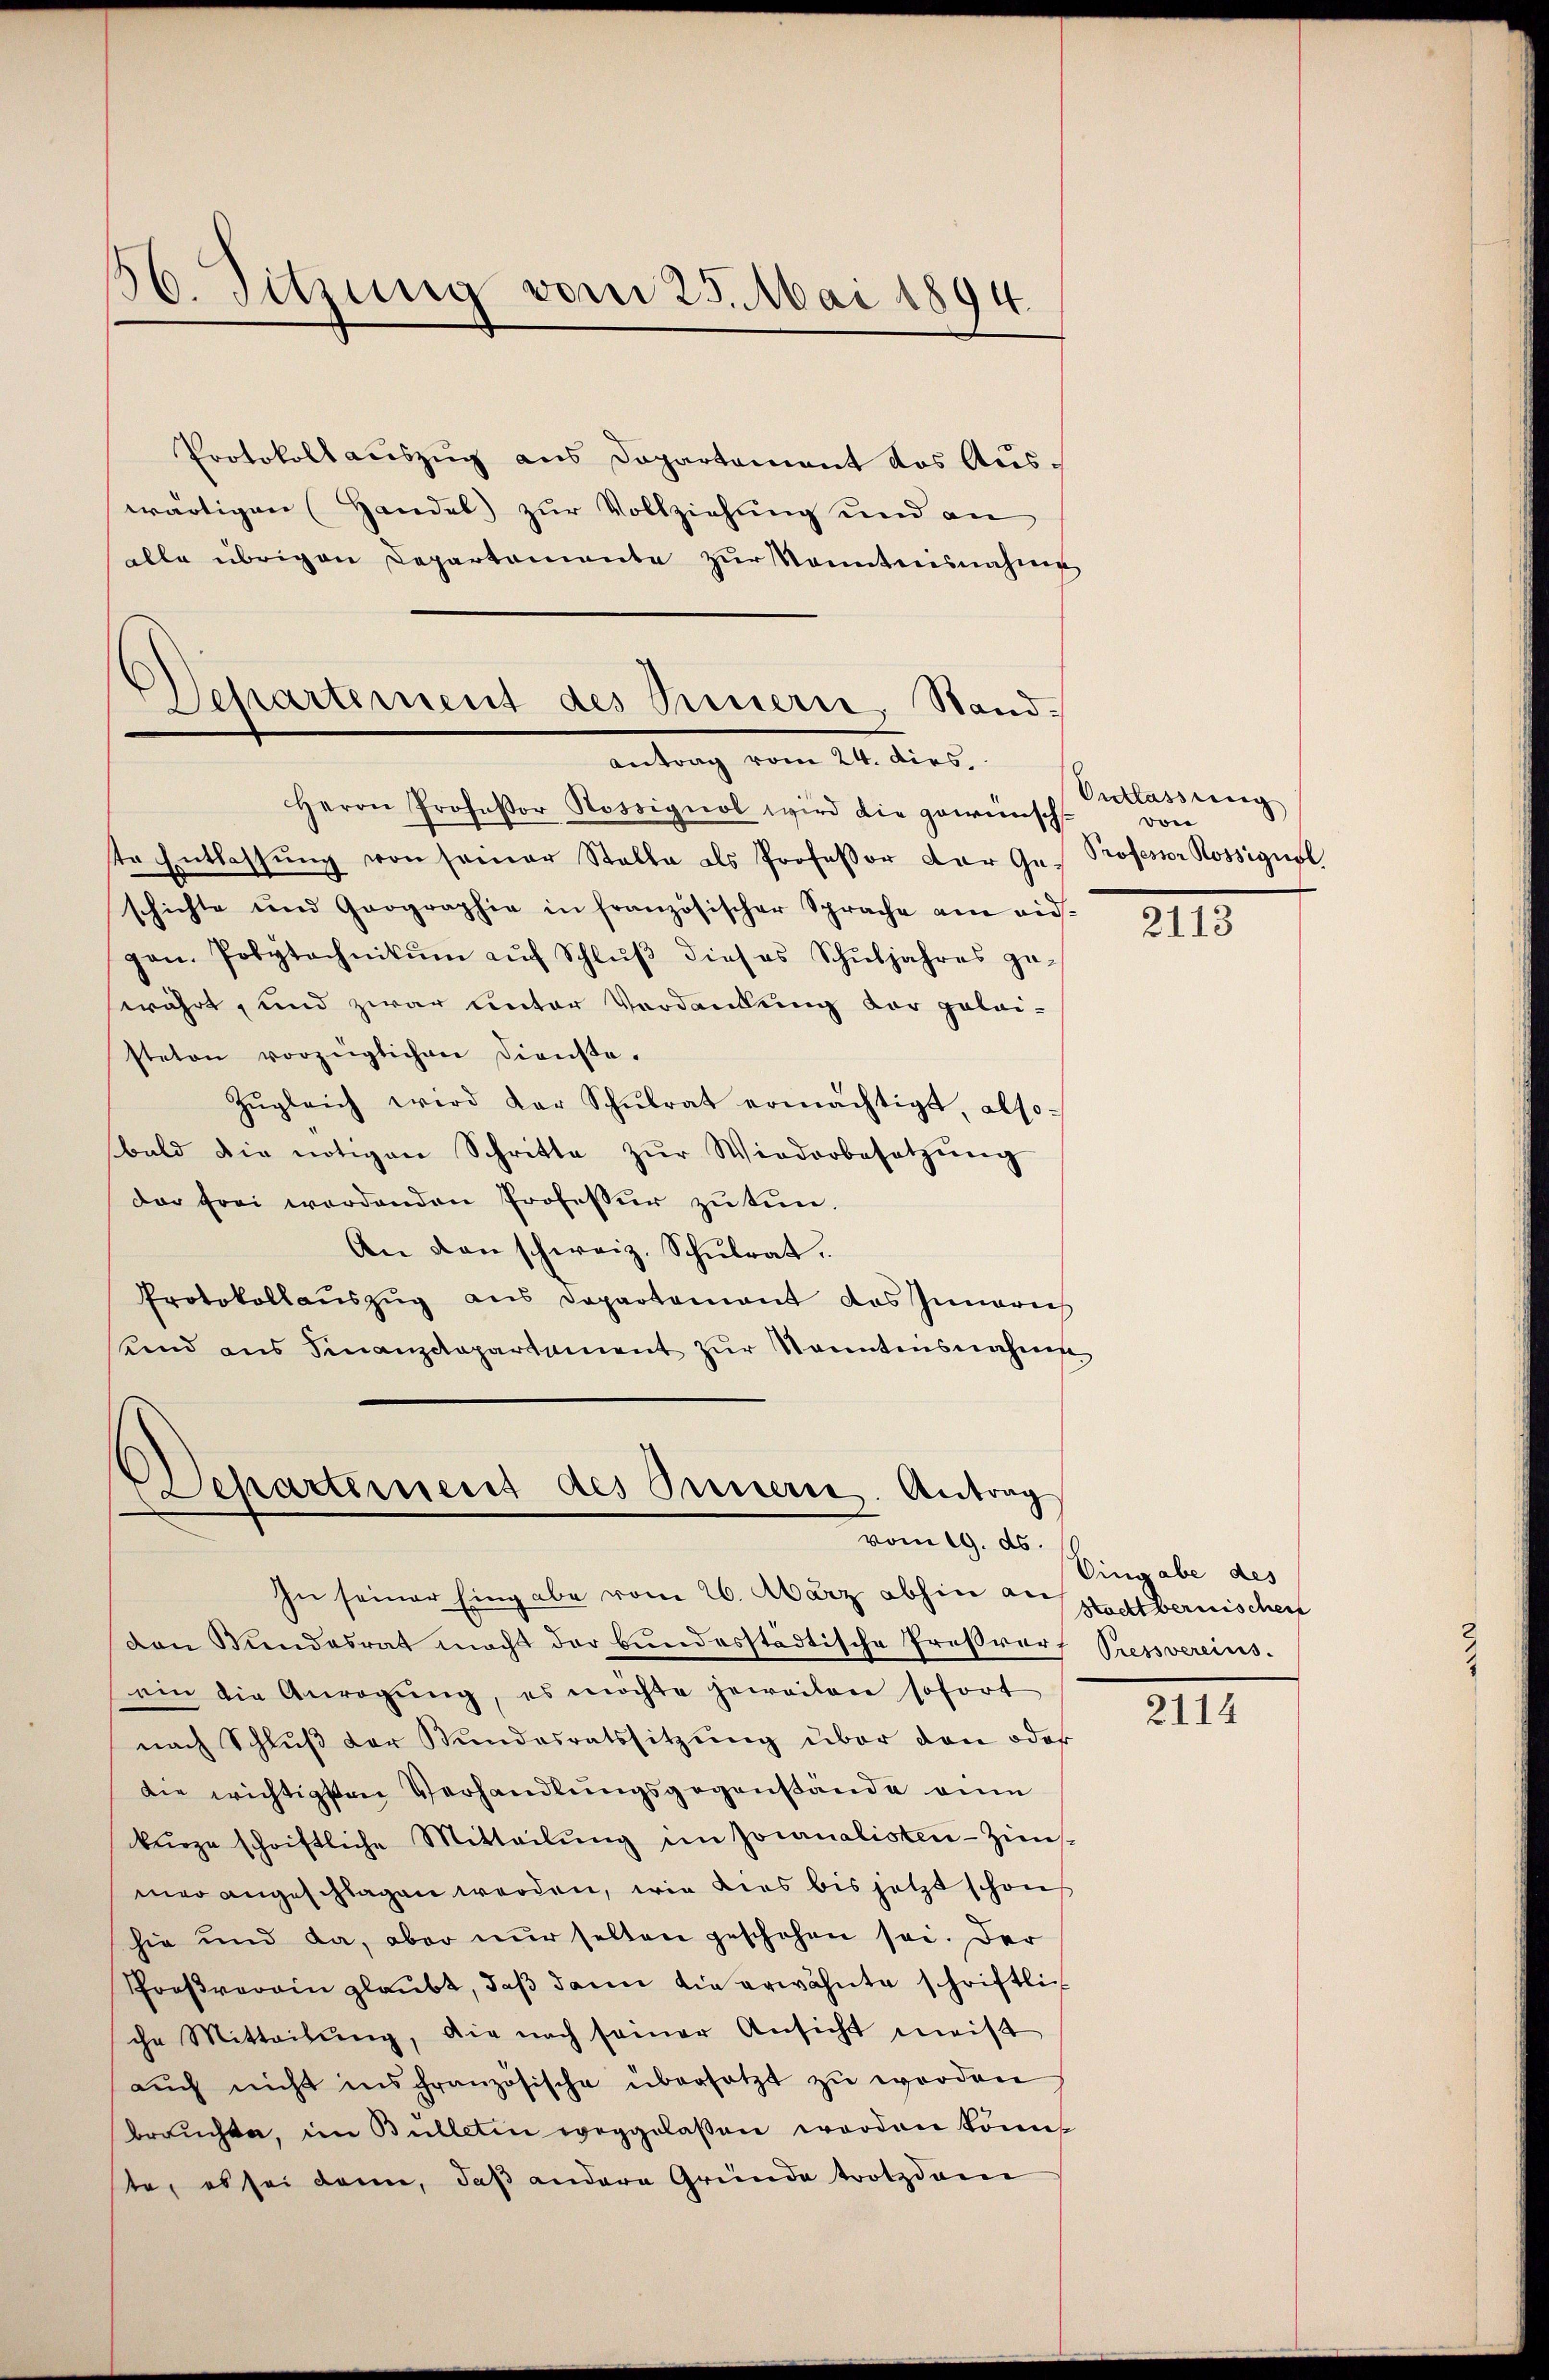
56. Sitzung vom 25. Mai 1894.

Protokollauszug aus Departement das Auswärtigen Handel zur Vollziehung und an
alle übrigen Departamente zŭr Kenntnisnahme
Herrn Professor Rossignol wird die gewünsch
ste Entlassung von seiner Stalle als Professor der Geschichte und Geographie in französischer Sprache am eid-
gan. Polytechnikŭm aŭf Schlŭβ dieses Schŭljahres ge-
währt, und zwar unter Verdankung der gelai-
steten vorzüglichen Dienste.
Zŭgleich wird der Schŭlrat ermächtigt, also
bald die nötigen Schritte zŭr Wiederbesetzŭng
der frei werdenden Professur zu tun.
An den schweiz. Schulrat.
Protokollauszug aus Departement das Innerich
Und ans Finanzdepartament zŭr kanntensnahme

Departement des Preuerre. Stand.
antrag vom 24. dies

Departement des Innern. Antrag
vom 19. ds.

In seiner Eingabe vom 26. März abhin anstadtbernischen
den Bundesrat macht der bundesstädtische Proβrarf Pressvereins.
ein die Anregŭng, es möchte jeweilen sofort
nach Schluß der Stundesratssitzung über den oder
die wichtigsten Verhandlungsgegenstände ein
kurze schriftliche Mitteilŭng im Journalisten-Zins-
mer angeschlagen werden, wie dies bis jetzt schon
hie und da, aber nŭr selten geschehen sei. Der
Proßverain glaubt, daß dann die erwähnte schriftlich
che Mitteilŭng, die nach seiner Ansicht meist
aŭch nicht ins französische übersetzt zŭ werden
brauchte, im Bulletin weggelassen worden könnt
te, es sei dann, daß andere Gründe trotzdamn

Ontlassung
vor
Professor Rossignal.

Eingabe des

2113

2114